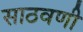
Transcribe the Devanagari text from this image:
साठवणी